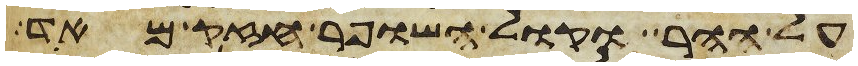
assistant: על ההר וקול השופר חזק מאד